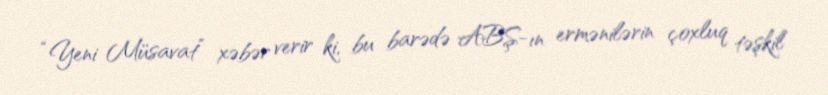
“Yeni Müsavat” xəbər verir ki, bu barədə ABŞ-ın ermənilərin çoxluq təşkil